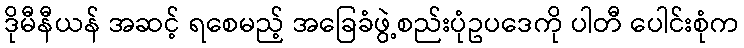
ဒိုမီနီယန် အဆင့် ရစေမည့် အခြေခံဖွဲ့စည်းပုံဥပဒေကို ပါတီ ပေါင်းစုံက